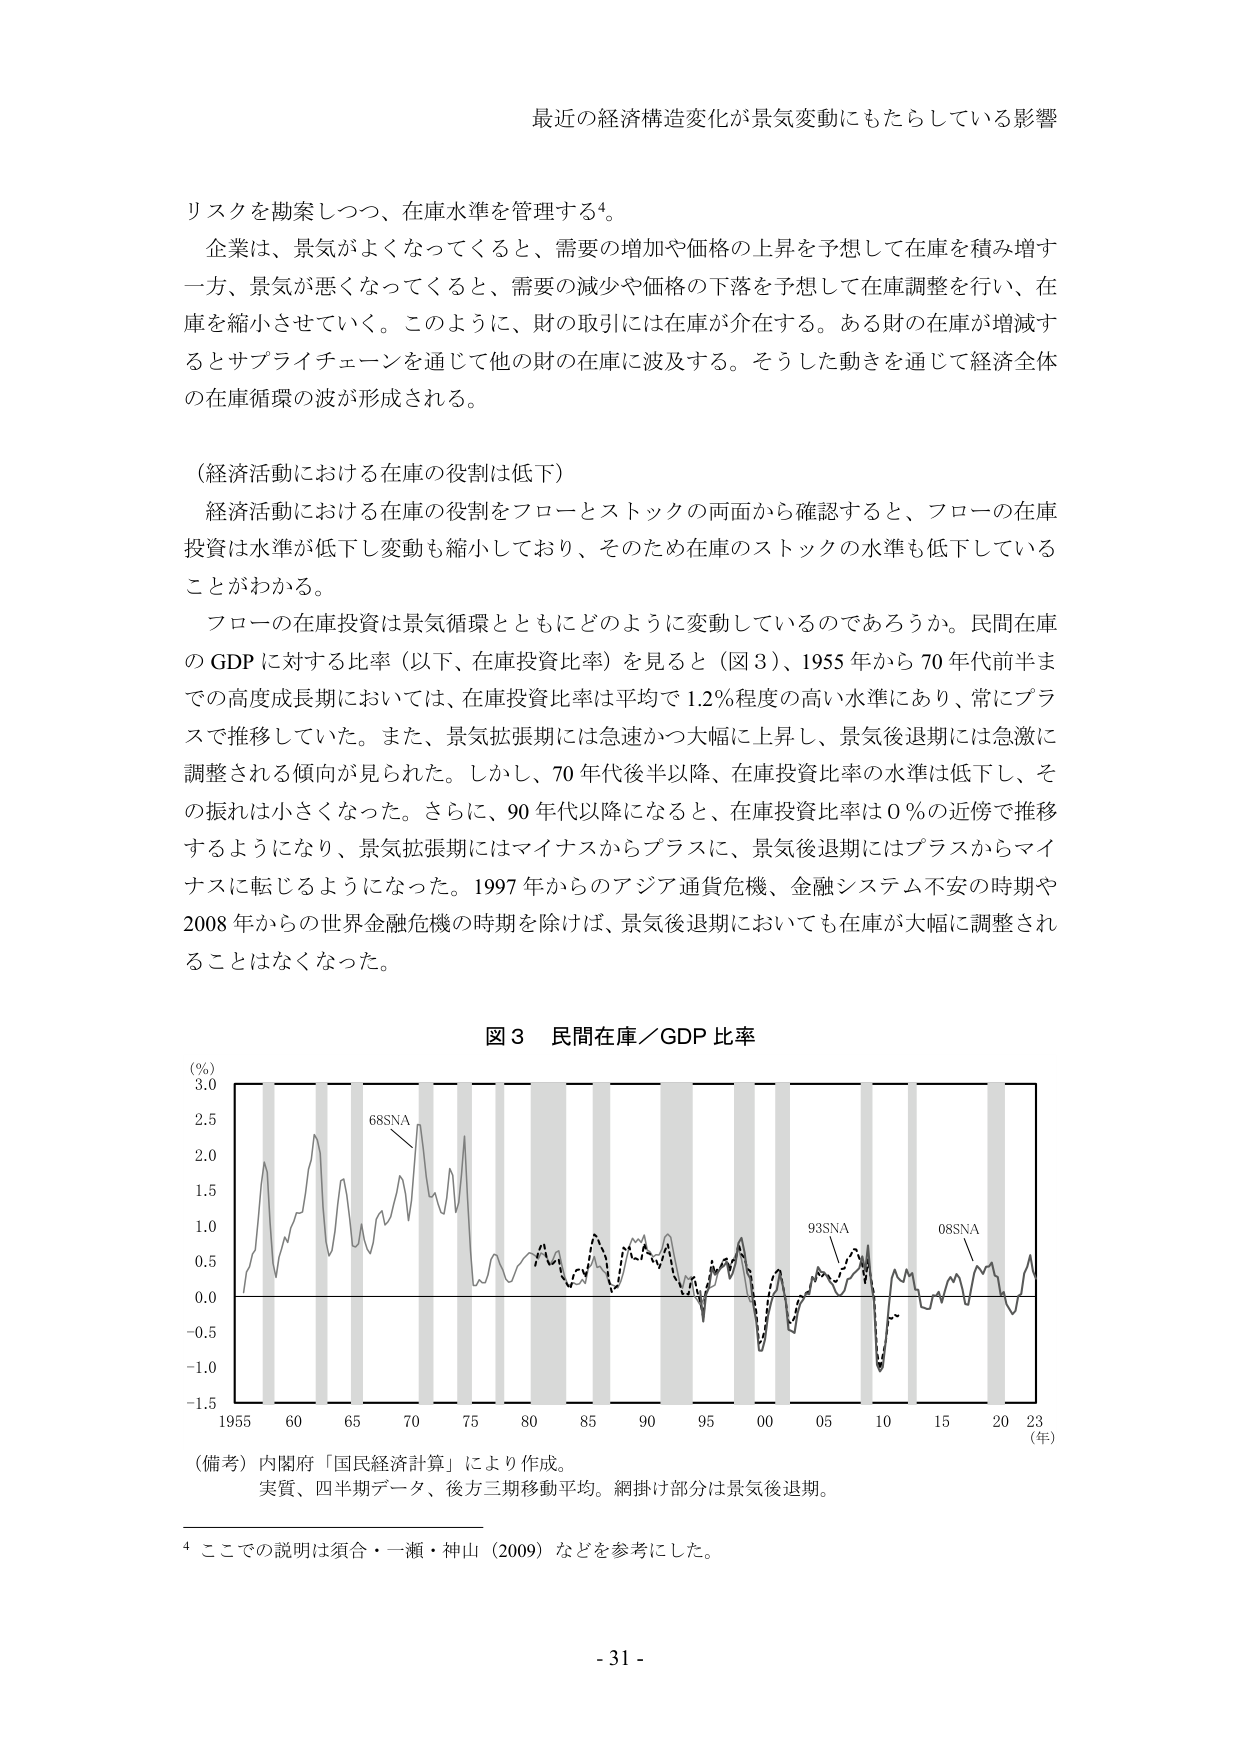
最近の経済構造変化が景気変動にもたらしている影響

リスクを勘案しつつ、在庫水準を管理する⁴。

企業は、景気がよくなってくると、需要の増加や価格の上昇を予想して在庫を積み増す一方、景気が悪くなってくると、需要の減少や価格の下落を予想して在庫調整を行い、在庫を縮小させていく。このように、財の取引には在庫が介在する。ある財の在庫が増減するとサプライチェーンを通じて他の財の在庫に波及する。そうした動きを通じて経済全体の在庫循環の波が形成される。

（経済活動における在庫の役割は低下）

経済活動における在庫の役割をフローとストックの両面から確認すると、フローの在庫投資は水準が低下し変動も縮小しており、そのため在庫のストックの水準も低下していることがわかる。

フローの在庫投資は景気循環とともにどのように変動しているのであろうか。民間在庫のGDPに対する比率（以下、在庫投資比率）を見ると（図3）、1955年から70年代前半までの高度成長期においては、在庫投資比率は平均で1.2％程度の高い水準にあり、常にプラスで推移していた。また、景気拡張期には急速かつ大幅に上昇し、景気後退期には急激に調整される傾向が見られた。しかし、70年代後半以降、在庫投資比率の水準は低下し、その振れは小さくなった。さらに、90年代以降になると、在庫投資比率は0％の近傍で推移するようになり、景気拡張期にはマイナスからプラスに、景気後退期にはプラスからマイナスに転じるようになった。1997年からのアジア通貨危機、金融システム不安の時期や2008年からの世界金融危機の時期を除けば、景気後退期においても在庫が大幅に調整されることはなくなった。

図3 民間在庫／GDP比率

（％）
3.0
2.5
2.0
1.5
1.0
0.5
0.0
-0.5
-1.0
-1.5

1955 60 65 70 75 80 85 90 95 00 05 10 15 20 23 （年）

68SNA
93SNA
08SNA

（備考）内閣府「国民経済計算」により作成。
実質、四半期データ、後方三期移動平均。網掛け部分は景気後退期。

⁴ ここでの説明は須合・一瀬・神山（2009）などを参考にした。

- 31 -